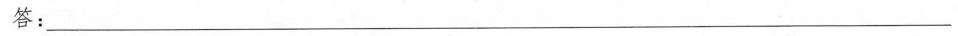
答：___